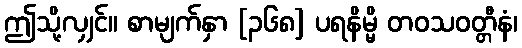
ဤသို့လျှင်။ စာမျက်နှာ [၃၆၈] ပရနိမ္မိ တဝသဝတ္တီနံ၊